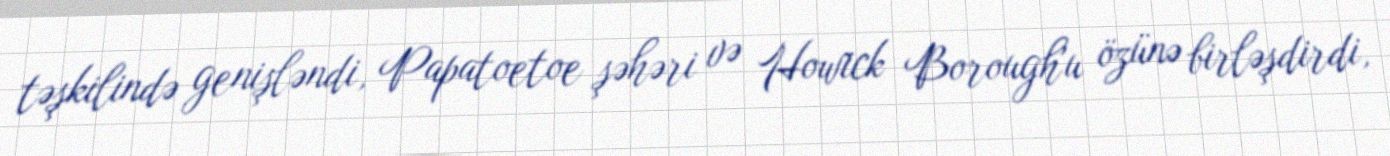
təşkilində genişləndi, Papatoetoe şəhəri və Howick Borough'u özünə birləşdirdi,